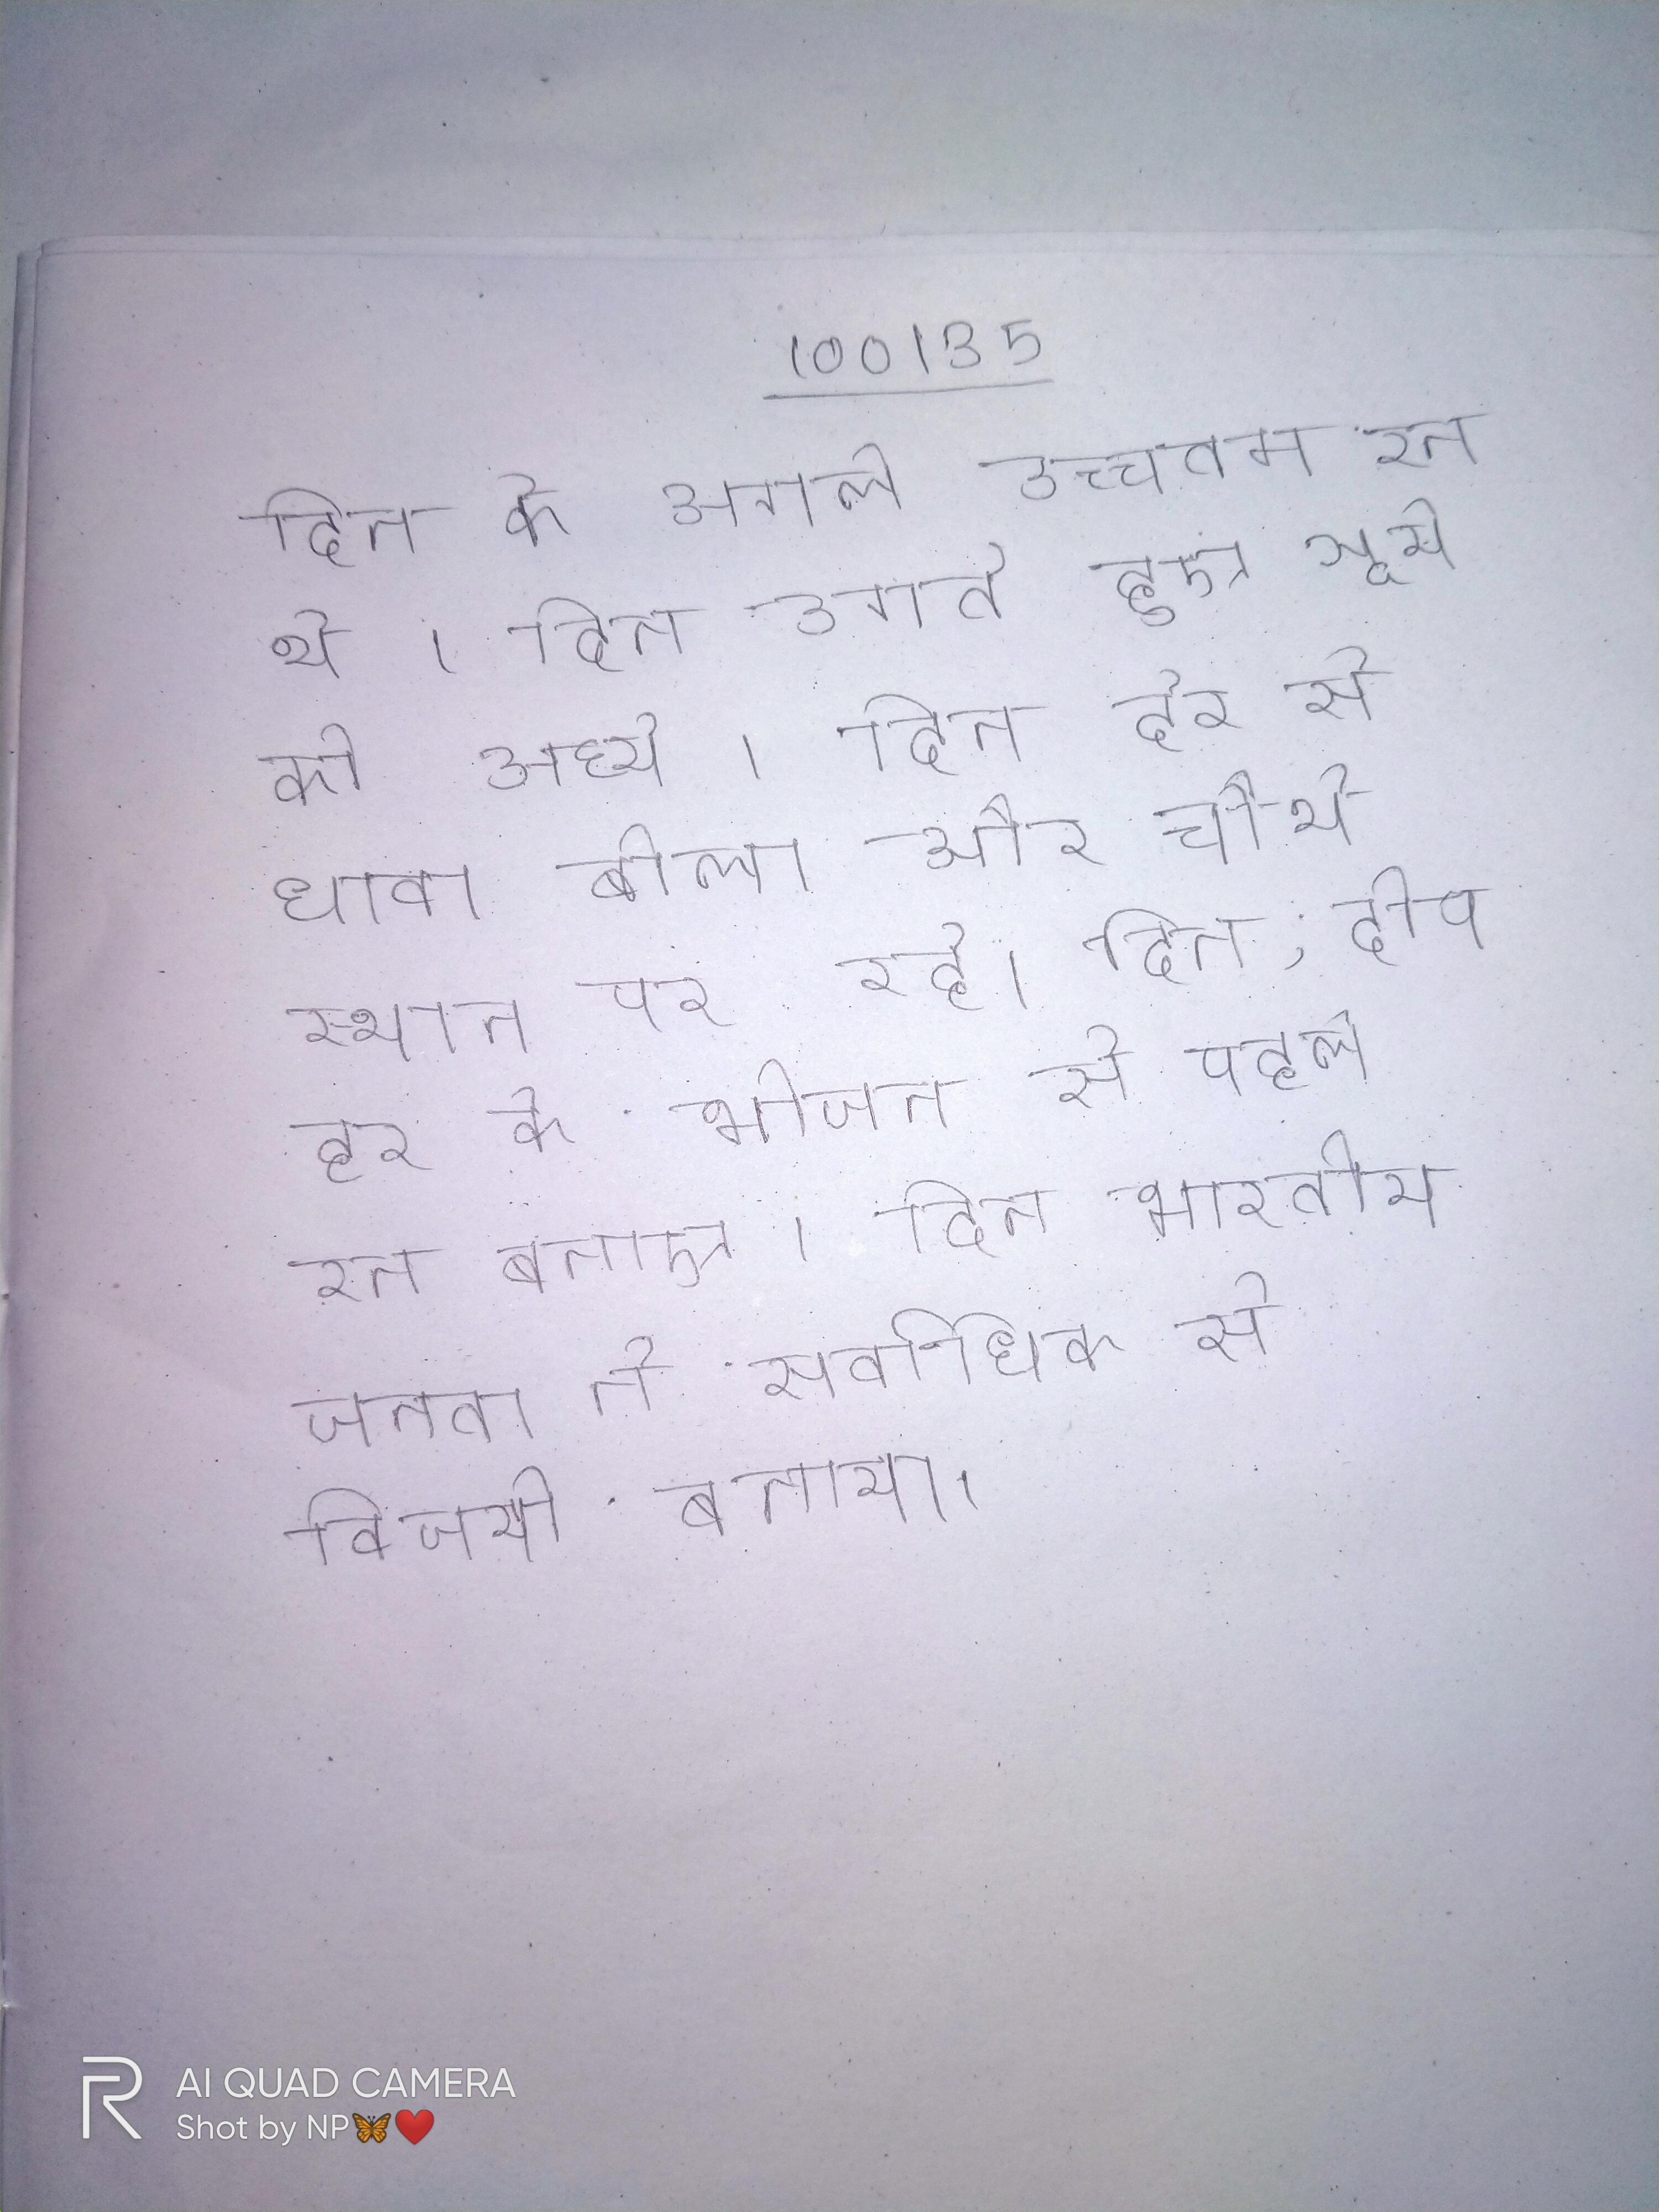
दिन के अगले उच्चतम रन थे । दिन उगते हुए सूर्य को अर्घ्य । दिन देर से धावा बोला और चौथे स्थान पर रहे । दिन, दोपहर के भोजन से पहले रन बनाए । दिन भारतीय जनता ने सर्वाधिक से विजयी बनाया ।